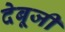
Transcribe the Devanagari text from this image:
देबूजी